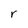
Character: r